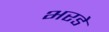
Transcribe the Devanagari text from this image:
भरडे